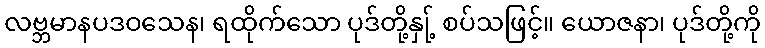
လဗ္ဘမာနပဒဝသေန၊ ရထိုက်သော ပုဒ်တို့နှု့် စပ်သဖြင့်။ ယောဇနာ၊ ပုဒ်တို့ကို